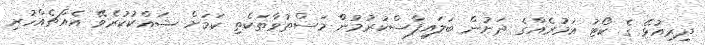
ދިރިއުޅޭ ގެ ކޯޓު އަމުރެއްގެ ދަށުން ބަލައިފާސްކުރުމުންް މަސްތުވާތަކެތި ކަމަށް ޝައްކުކުރެވޭ އެއްޗެއްހުރި